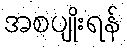
အစပျိုးရန်